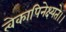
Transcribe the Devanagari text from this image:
त्वेकापिनेक्ष्यते।।